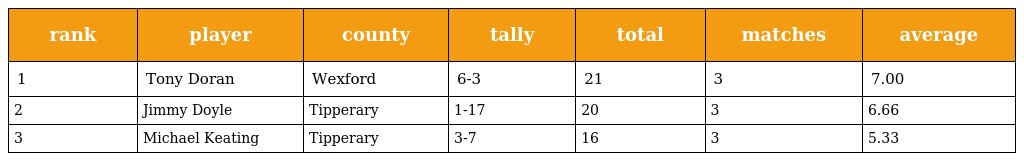
| rank | player | county | tally | total | matches | average |
 | --- | --- | --- | --- | --- | --- | --- |
 | 1 | Tony Doran | Wexford | 6-3 | 21 | 3 | 7.00 |
 | 2 | Jimmy Doyle | Tipperary | 1-17 | 20 | 3 | 6.66 |
 | 3 | Michael Keating | Tipperary | 3-7 | 16 | 3 | 5.33 |